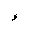
Letter: _hamza